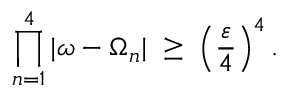
\prod _ { n = 1 } ^ { 4 } | \omega - \Omega _ { n } | \; \geq \; \left( \frac { \varepsilon } { 4 } \right) ^ { 4 } .